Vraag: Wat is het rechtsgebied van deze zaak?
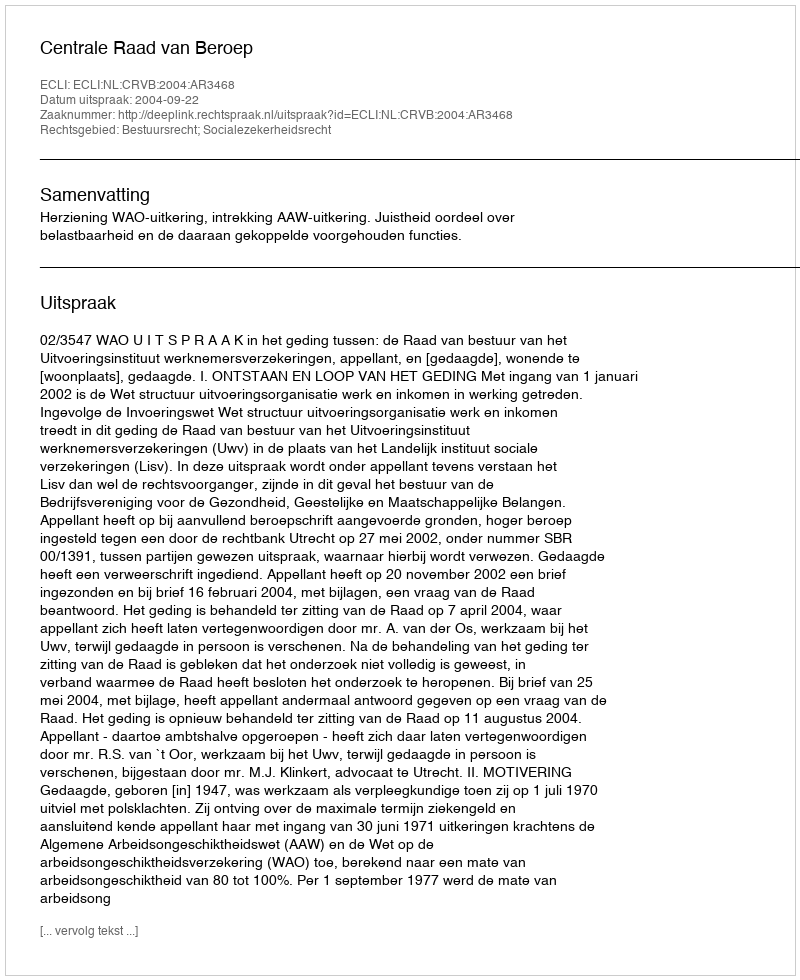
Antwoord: Bestuursrecht; Socialezekerheidsrecht